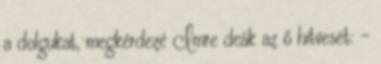
a dolgukat, megkérdezé Imre deák az ő hitvesét: -